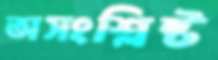
অসংশ্লিষ্ট